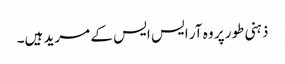
ذہنی طور پر وہ آر ایس ایس کے مرید ہیں۔